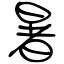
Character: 暑